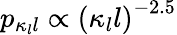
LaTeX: p_{\kappa_{l}l}\propto\left(\kappa_{l}l\right)^{-2.5}